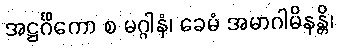
အဋ္ဌင်္ဂိကော စ မဂ္ဂါနံ၊ ခေမံ အမာဂါမိနန္တိ၊